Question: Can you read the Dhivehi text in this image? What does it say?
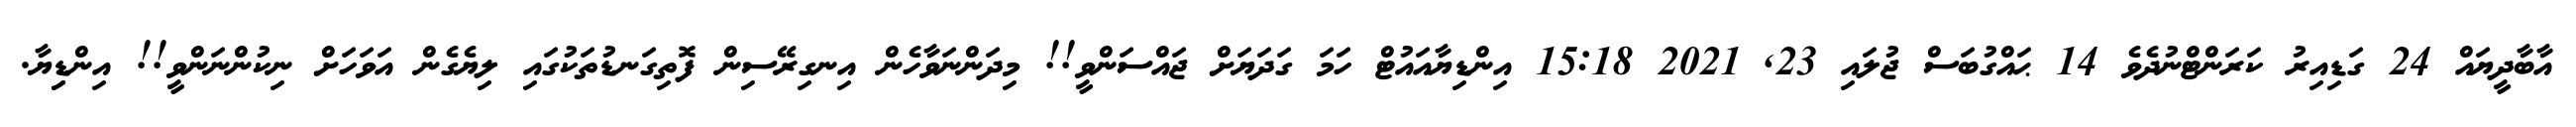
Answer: އާބާދީޔައް 24 ގަޑިއިރު ކަރަންޓްނުދެވެ 14 ޙައްގުބަސް ޖުލައި 23, 2021 15:18 އިންޑިޔާއައުޓް ހަމަ ގަދަޔަށް ޖައްސަންވީ!! މިދަންނަވާހެން އިނގިރޭސިން ފޮތިގަނޑުތަކުގައި ލިޔެގެން އަވަހަށް ނިކުންނަންވީ!! އިންޑިިޔާ.